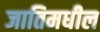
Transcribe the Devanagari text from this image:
जातिमधील